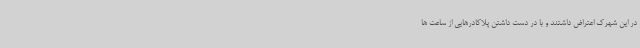
در این شهرک اعتراض داشتند و با در دست داشتن پلاکادرهایی از ساعت ها